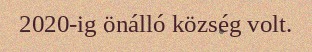
2020-ig önálló község volt.